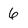
Character: 6